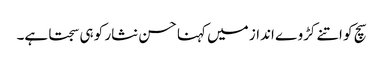
سچ کو اتنے کڑوے انداز میں کہنا حسن نثار کو ہی سجتا ہے۔